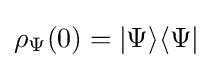
\rho _{\Psi }(0)=|\Psi \rangle \langle \Psi |